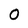
Character: 0